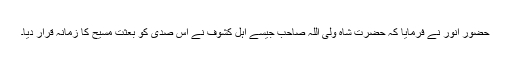
حضورِ انور نے فرمایا کہ حضرت شاہ ولی اللہ صاحب جیسے اہل کشوف نے اس صدی کو بعثت مسیح کا زمانہ قرار دیا۔